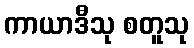
ကာယာဒီသု စတူသု